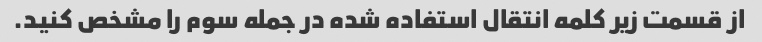
از قسمت زیر کلمه انتقال استفاده شده در جمله سوم را مشخص کنید.